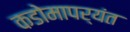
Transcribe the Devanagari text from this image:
कडोमापर्यंत